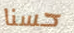
حسنا